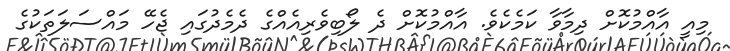
މިއީ އާއްމުކޮށް ދިމާވާ ކަމެކެވެ. އާއްމުކޮށް ދެ ލޯބިވެރިއެއްގެ ދެމެދުގައި ޖެހޭ މައްސަލަތަކުގެ